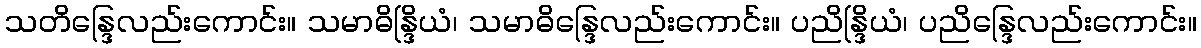
သတိန္ဒြေလည်းကောင်း။ သမာဓိန္ဒြိယံ၊ သမာဓိန္ဒြေလည်းကောင်း။ ပညိန္ဒြိယံ၊ ပညိန္ဒြေလည်းကောင်း။